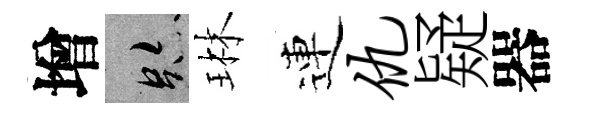
增跡琳連仇疑器